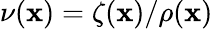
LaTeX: \nu(\mathbf{x})=\zeta(\mathbf{x})/\rho(\mathbf{x})